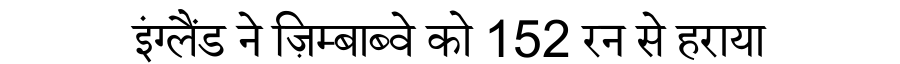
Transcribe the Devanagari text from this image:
इंग्लैंड ने ज़िम्बाब्वे को 152 रन से हराया